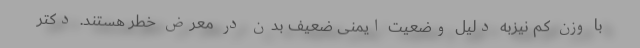
با وزن کم نیزبه دلیل وضعیت ایمنی ضعیف بدن در معرض خطر هستند. دکتر